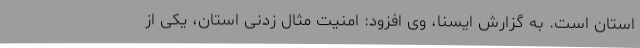
استان است. به گزارش ایسنا، وی افزود: امنیت مثال زدنی استان، یکی از